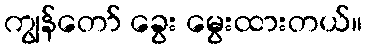
ကျွန်တော် ခွေး မွေးထားတယ်။